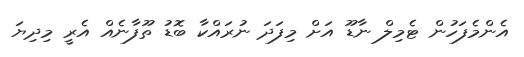
އެންމެފަހުން ޓެމިލް ނާޑޫ އަށް މިފަދަ ނުރައްކާ ބޮޑު ތޫފާނެއް އެރީ މިދިޔަ